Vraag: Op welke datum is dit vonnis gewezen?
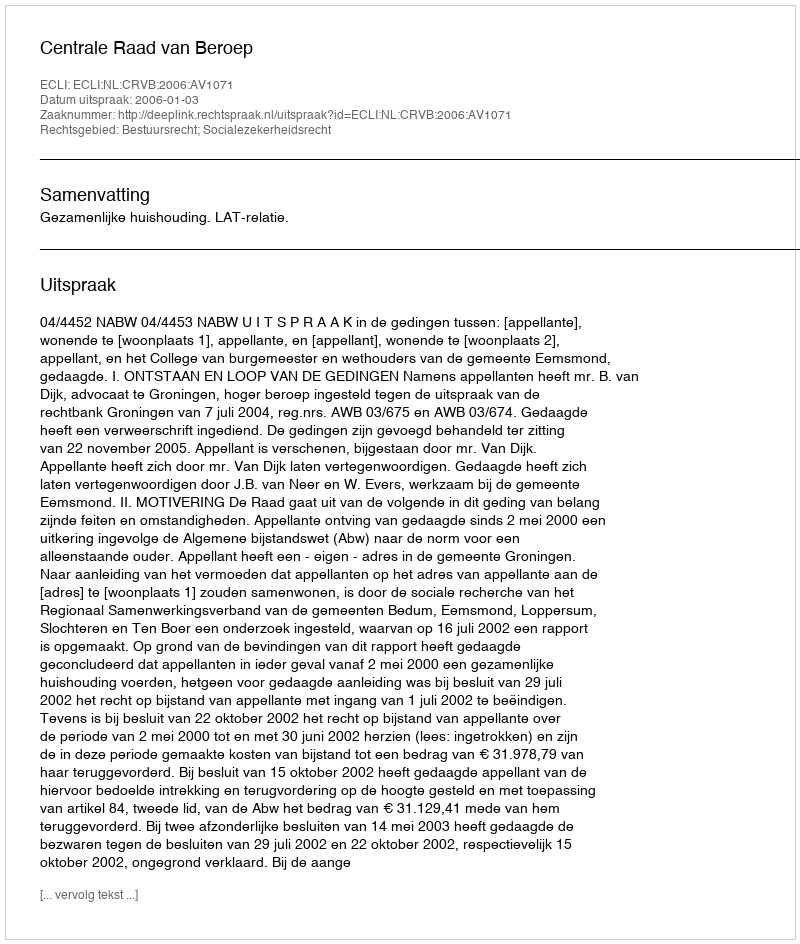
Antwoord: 2006-01-03